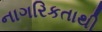
નાગરિકતાથી